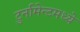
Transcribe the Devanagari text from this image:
टुर्नामेन्टमध्ये